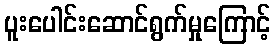
ပူးပေါင်းဆောင်ရွက်မှုကြောင့်